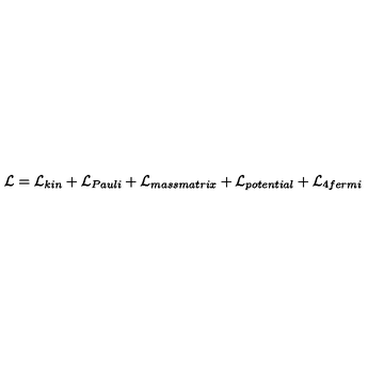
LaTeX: { \cal L } = { \cal L } _ { k i n } + { \cal L } _ { P a u l i } + { \cal L } _ { m a s s m a t r i x } + { \cal L } _ { p o t e n t i a l } + { \cal L } _ { 4 f e r m i }